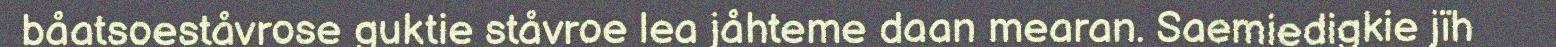
båatsoeståvrose guktie ståvroe lea jåhteme daan mearan. Saemiedigkie jïh